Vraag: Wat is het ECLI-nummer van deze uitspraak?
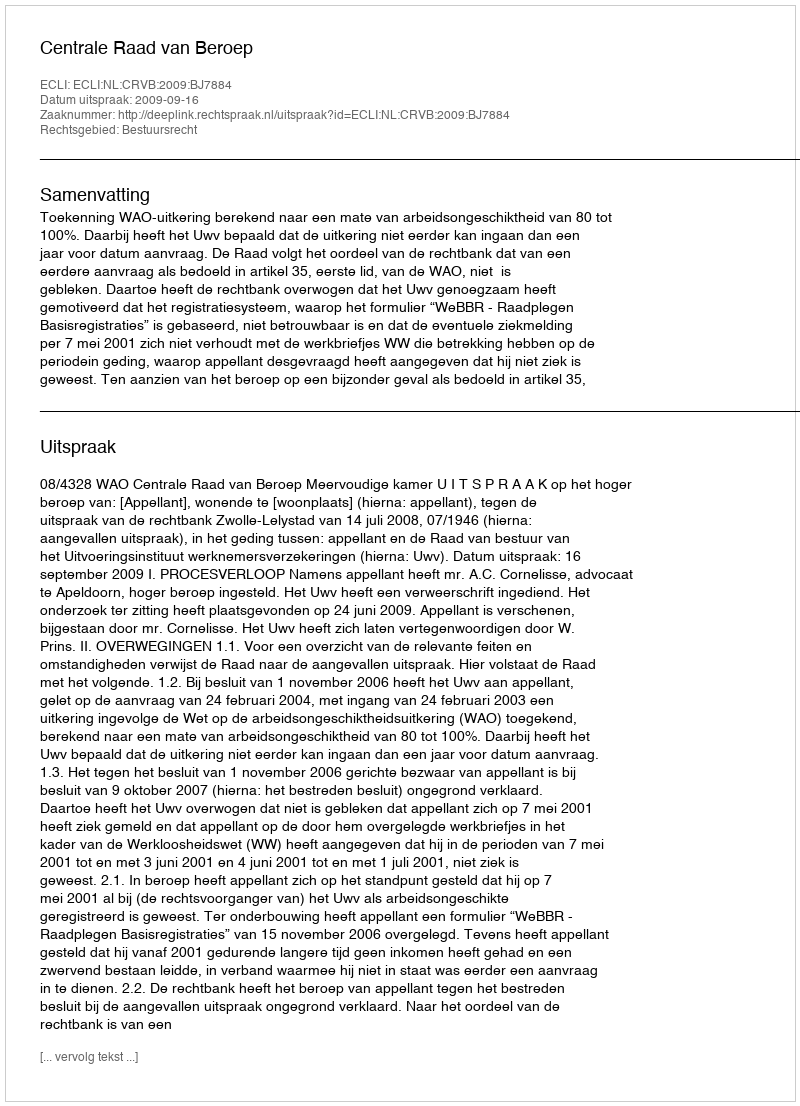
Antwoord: ECLI:NL:CRVB:2009:BJ7884